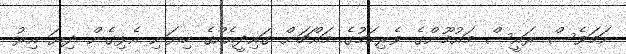
ނަމަވެސް ރައީސް މައުމޫންގެ ވެރިކަމުގެ މައްޗަށް ގައިދީއެއްގެ ހިޔަނި އެޅިގެން ދިޔަ އިރު